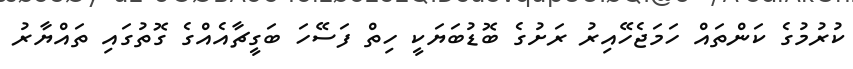
ކުރުމުގެ ކަންތައް ހަމަޖެހޭއިރު ރަށުގެ ބޮޑުބަޔަކީ ހިތް ފަސޭހަ ބަގީޗާއެއްގެ ގޮތުގައި ތައްޔާރު